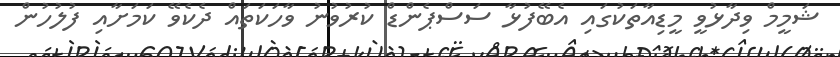
ޝަމީމް ވިދާޅުވީ މީޑިއާތަކުގައި އެބޭފުޅާ ސަސްޕެންޑް ކުރުވުނު ވާހަކަތައް ދެކެވޭ ކަމަށާއި ފުލުހުން